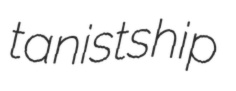
tanistship